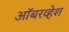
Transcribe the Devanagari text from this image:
ऑबरव्हेश